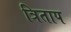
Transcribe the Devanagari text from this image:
त्रिताप